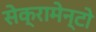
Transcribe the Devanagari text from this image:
सेक्रामेन्टो